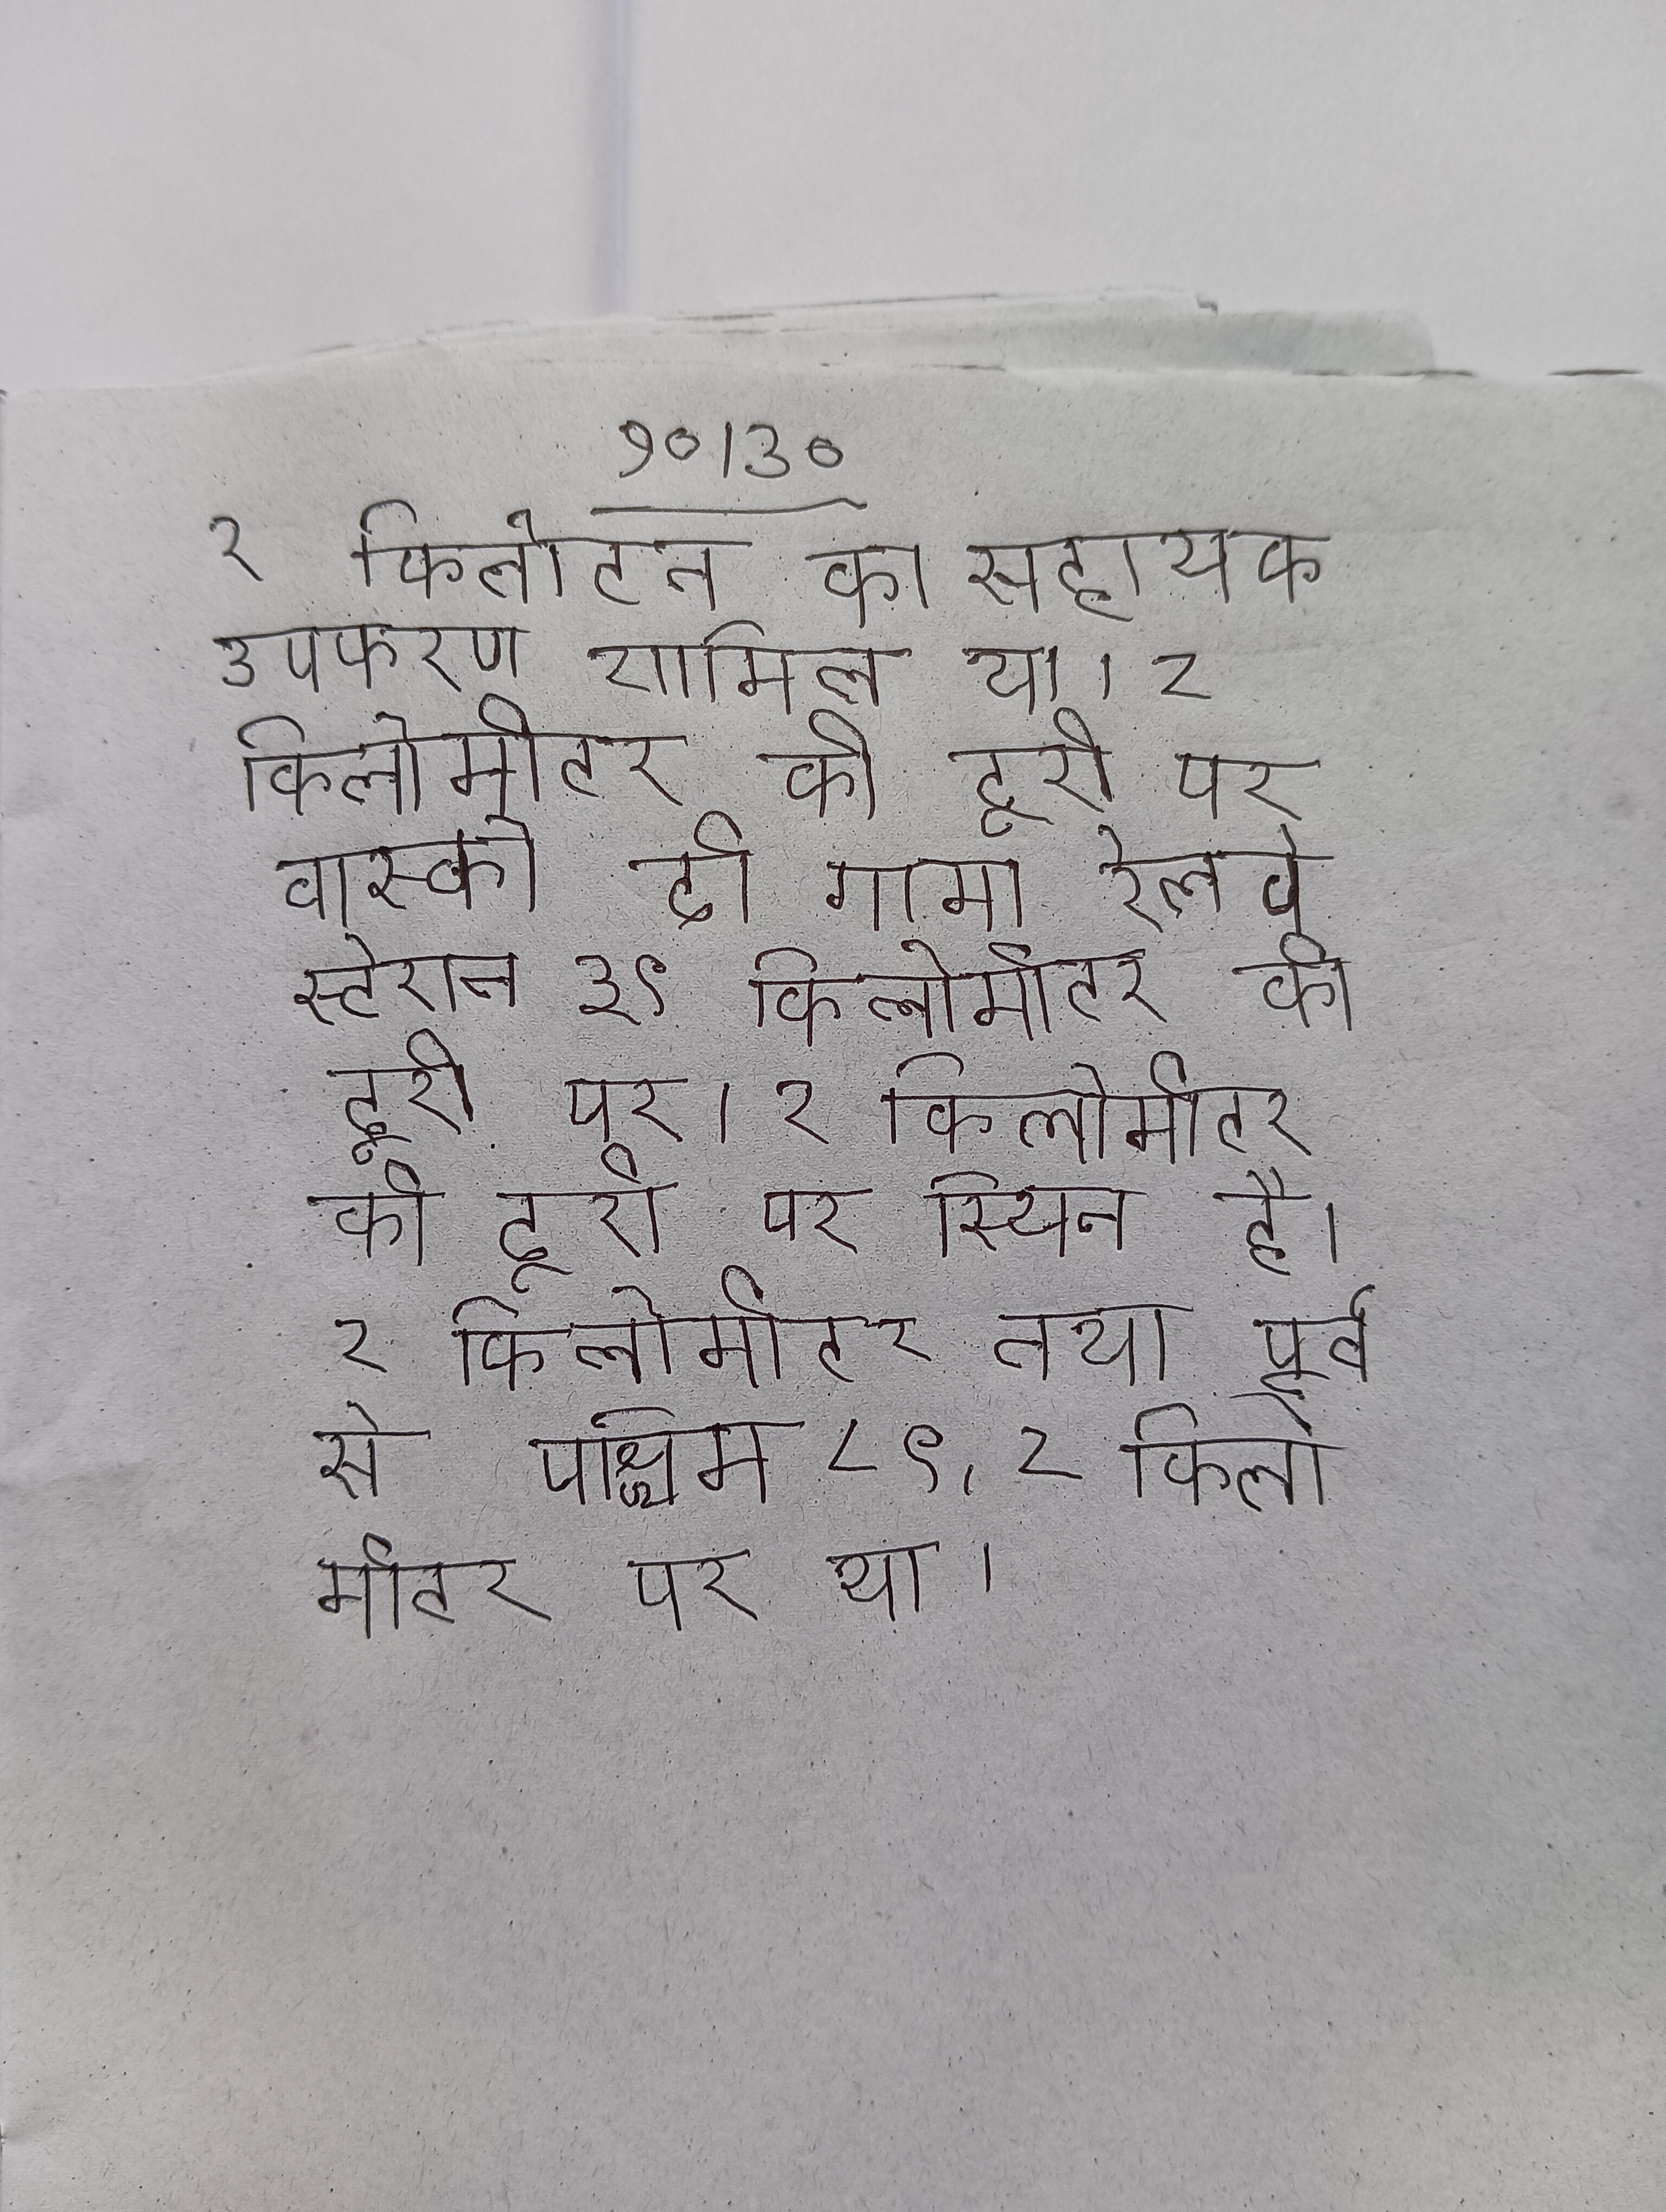
२ किलोटन का सहायक उपकरण शामिल था । २ किलोमीटर की दूरी पर वास्को दी गामा रेलवे स्टेशन ३९ किलोमीटर की दूरी पर । २ किलोमीटर की दूरी पर स्थित है । २ किलोमीटर तथा पूर्व से पश्चिम ८९ . २ किलोमीटर पर था ।